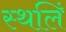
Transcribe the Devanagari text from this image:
स्थलिं